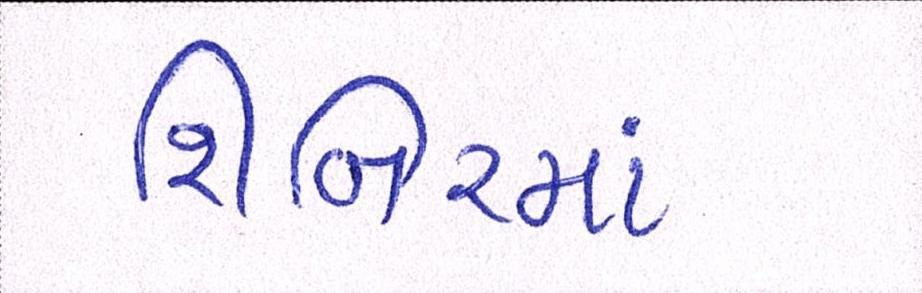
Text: શિબિરમાં